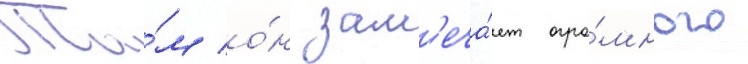
Та́м о́н зам'еча́ет огро́много